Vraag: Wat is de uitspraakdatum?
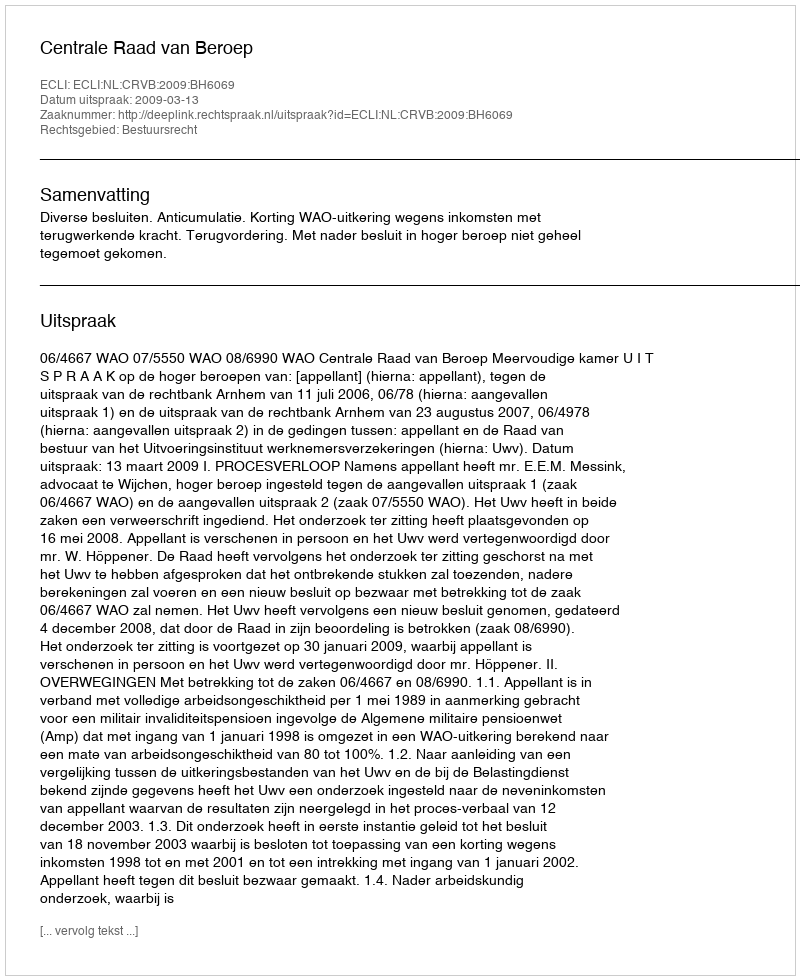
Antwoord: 2009-03-13